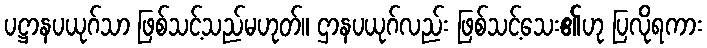
ပဋ္ဌာနပယုဂ်သာ ဖြစ်သင့်သည်မဟုတ်။ ဌာနပယုဂ်လည်း ဖြစ်သင့်သေး၏ဟု ပြလိုရကား